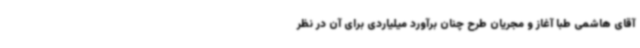
آقای هاشمی طبا آغاز و مجریان طرح چنان برآورد میلیاردی برای آن در نظر